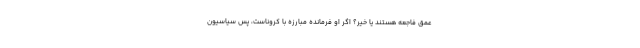
عمق فاجعه هستند یا خیر؟ اگر او فرمانده مبارزه با کروناست، پس سیاسیون